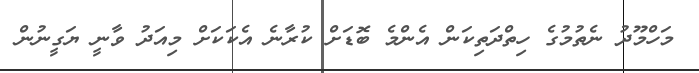
މަހްމޫދު ނެތުމުގެ ހިތްދަތިކަން އެންމެ ބޮޑަށް ކުރާނެ އެކަކަށް މިއަދު ވާނީ ޔަގީނުން